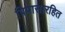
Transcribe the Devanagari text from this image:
पिपासारहित